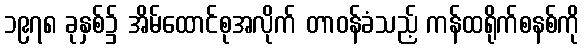
၁၉၇၈ ခုနှစ်၌ အိမ်ထောင်စုအလိုက် တာဝန်ခံသည့် ကန်ထရိုက်စနစ်ကို